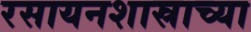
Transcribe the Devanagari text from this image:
रसायनशास्राच्या